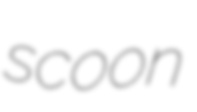
scoon